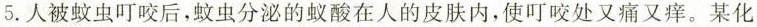
5.人被蚊虫叮咬后，蚊虫分泌的蚁酸在人的皮肤内，使叮咬处又痛又痒。某化